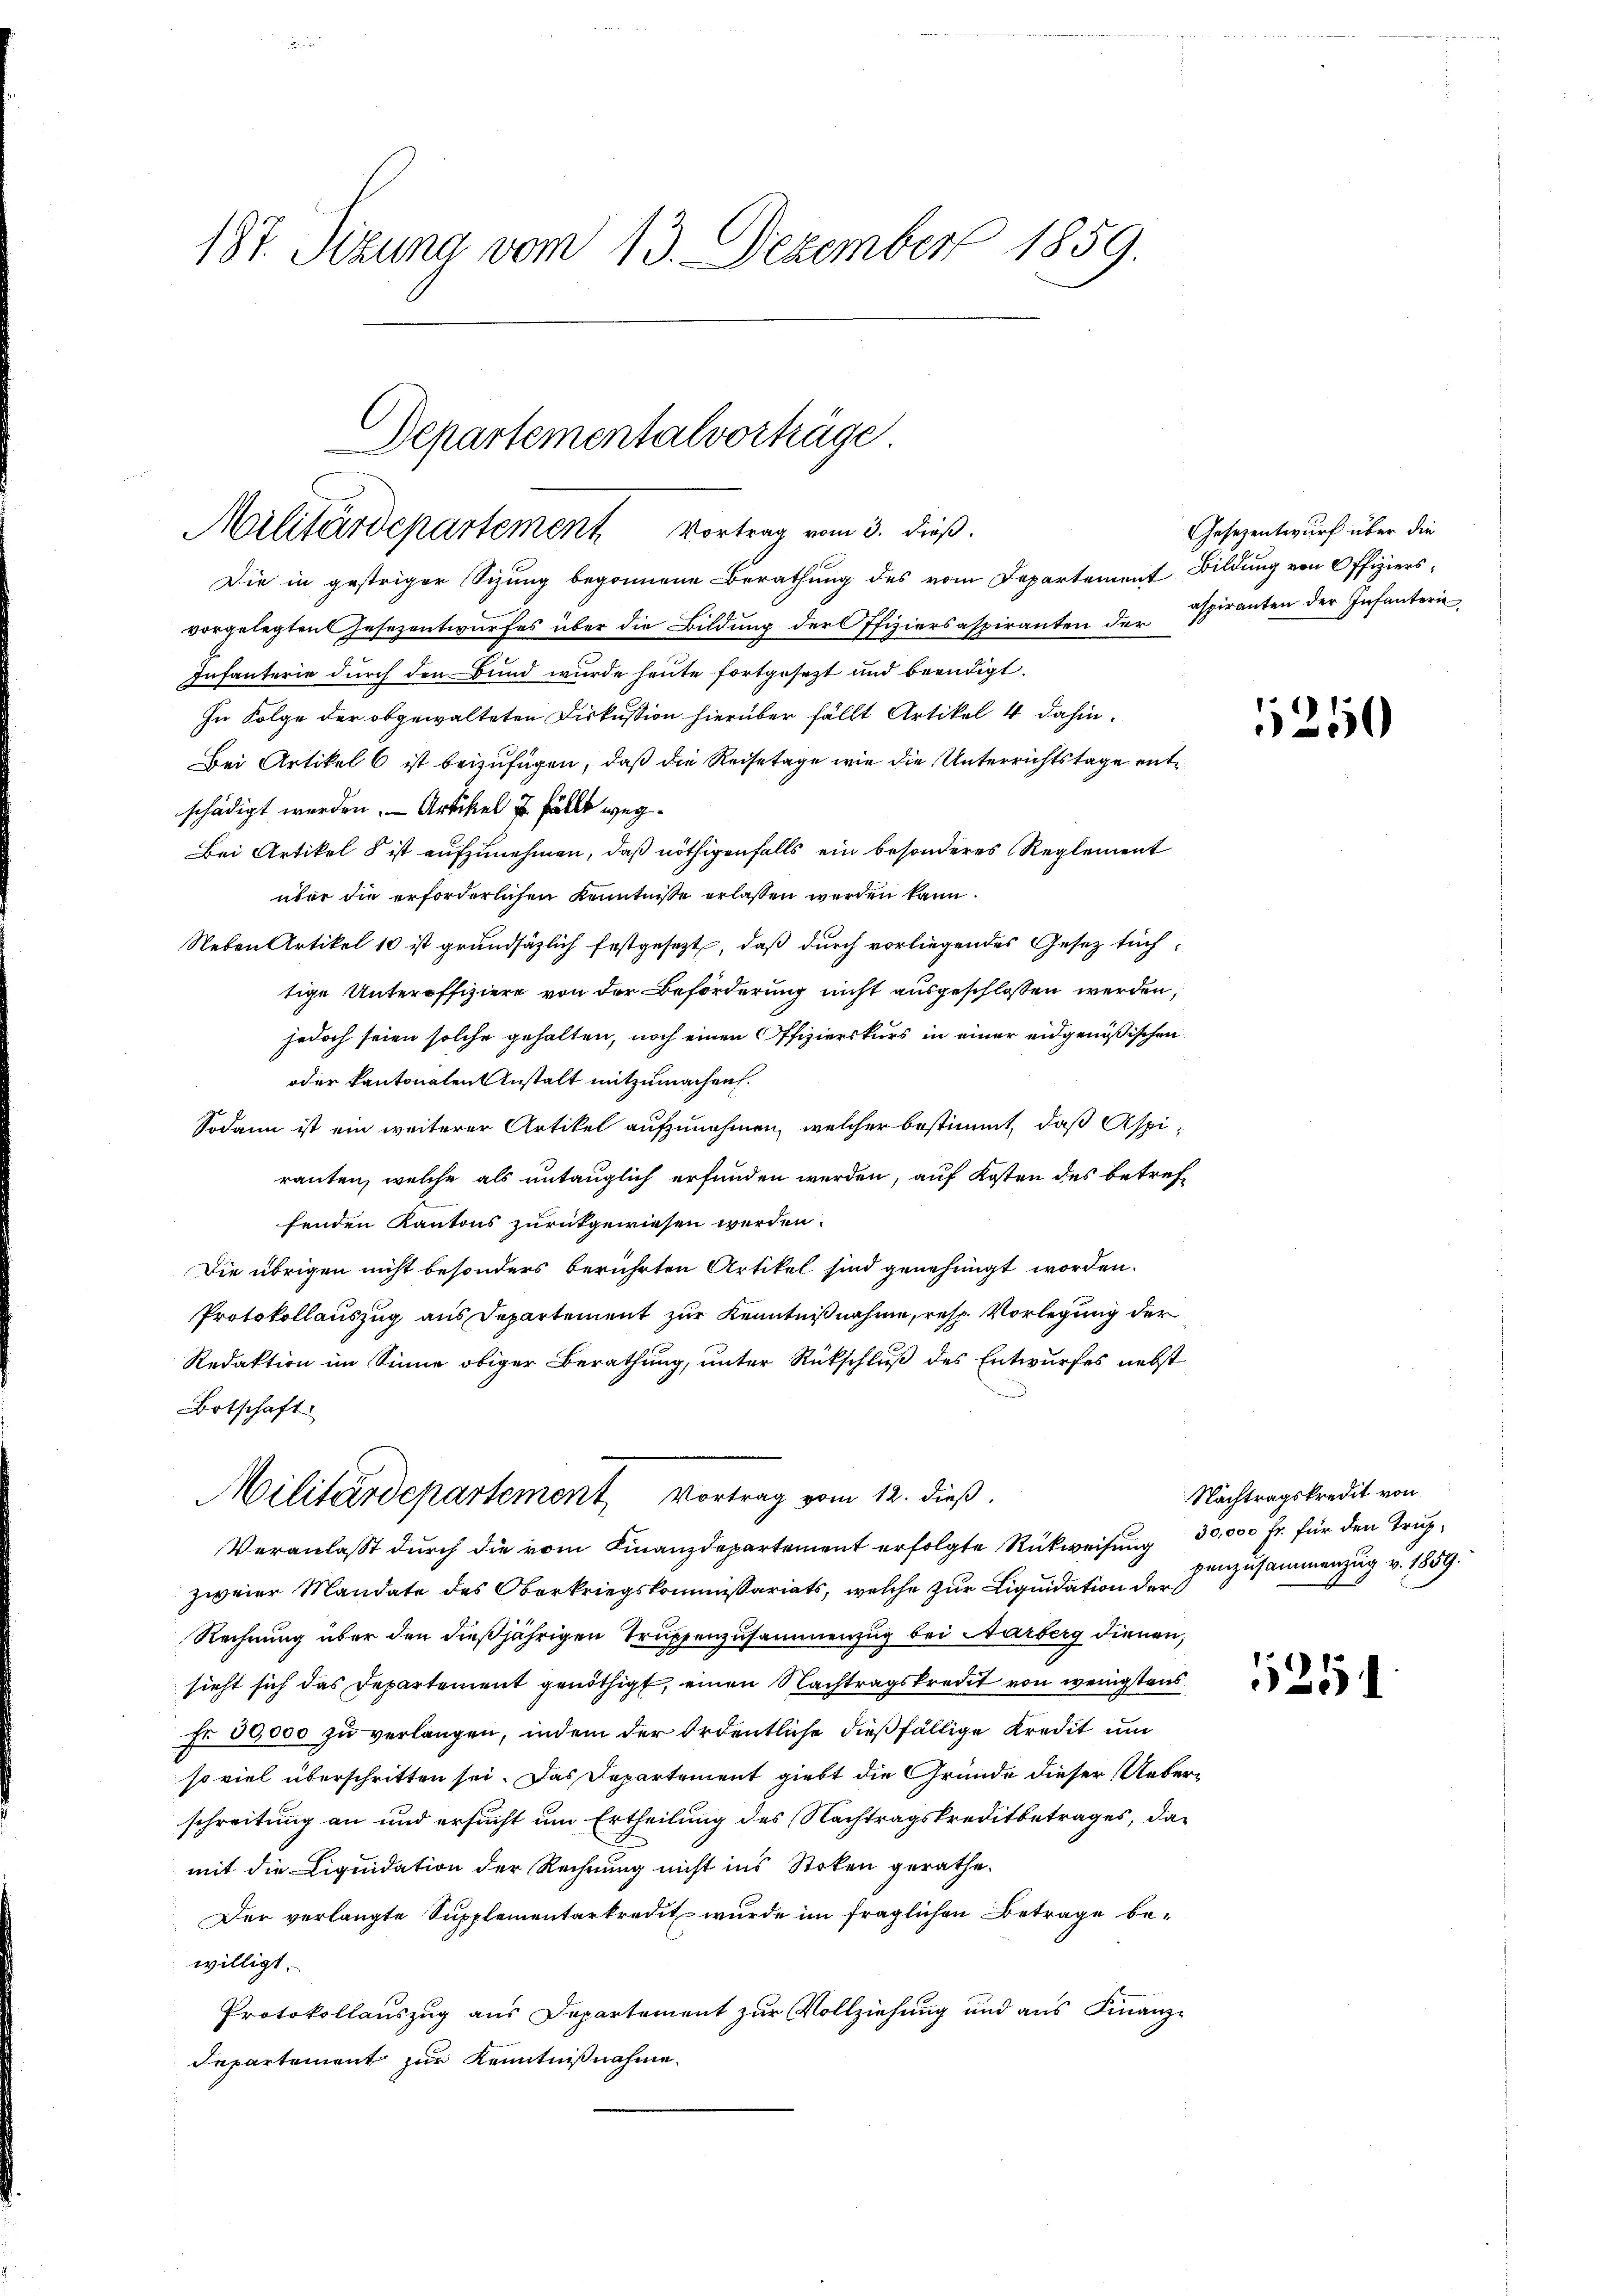
187. Sizung vom 13. Dezember 1859.

Die in gestriger Sizung begonnene Berathung des vom Departement Bildung von Offiziersvorgelegten Gesezentwurfes über die Bildung der Offiziersaspiranten der Aspiranten der Infanterie
Infanterie durch den Bund wurde heute fortgesezt und beendigt.
In Folge der obgewalteten Diskussion hierüber fällt Artikel 4 dahin.
Bei Artikel 6 ist beizufügen, daß die Reisetage wie die Unterrichtstage entschädigt werden. Artikel 7 fällt weg¬
Bei Artikel § ist aufzunehmen, daß nöthigenfalls ein besonderes Reglement
über die erforderlichen Kenntnisse erlassen werden kann.
Neben Artikel 10 ist grundsätzlich festgesezt, daß durch vorliegendes Gesetz suchtige Unteroffiziere von der Beförderung nicht ausgeschlossen werden,
jedoch seien solche gehalten, noch einen Offizierskurs in einer eidgenößischen
oder kantonalen Anstalt mitzumachen.
Sodann ist ein weiterer Artikel aufzunehmen, welcher bestimmt, daß Aspirauten, welche als untauglich erfunden werden, auf Kosten des betreffenden Kantons zurückgewiesen werden.
Die übrigen nicht besonders berührten Artikel sind genehmigt worden.
Protokollauszug aus Departement zur Kenntnißnahme, resp. Vorlegung der
Redaktion im Sinne obiger Berathung, unter Rückschluß des Entwurfes nebst
Botschaft
Militärdepartement, Vortrag vom 12. dieß.
Veranlaßt durch die vom Finanzdepartement erfolgte Rückweisung 30,000 fr. für den Trupzweier Mandate des Oberkriegskommissariats, welche zur Liquidation der anzusammenzug v. 1859.
Rechnung über den dießjährigen Truppenzusammenzug bei Farberg dienen,
sieht sich das Departement genöthigt, einen Nachtragskredit von wenigstens
Fr 50,000 zu verlangen, indem der ordentliche dießfällige Kredit um
so viel überschritten sei. Das Departement giebt die Gründe dieser Ueberschreitung an und ersucht um Ertheilung des Nachtragskreditbetrages, damit die Liquidation der Rechnung nicht ins Stoken gerathe.
Der verlangte Supplementarkredit wurde im fraglichen Betrage bewilligt.
Protokollauszug aus Departement zur Vollziehung und aus Finanz-
Repartement zur Kenntnißnahme.

Departementalverhäge
Militärdepartement Vortrag vom 3. dieß.

Gesezentwurf über die

1250

Nachtragskredit von

1251